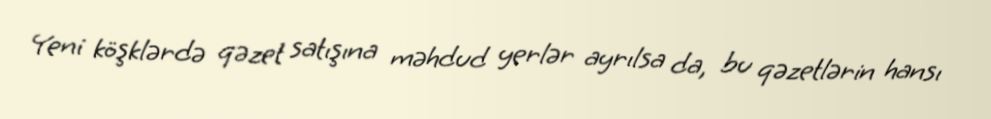
Yeni köşklərdə qəzet satışına məhdud yerlər ayrılsa da, bu qəzetlərin hansı